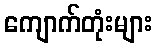
ကျောက်တုံးများ